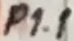
Text: P1.1